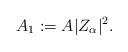
LaTeX: \begin{align*}A_1:= A|Z_{\alpha}|^2.\end{align*}